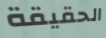
الحقيقة